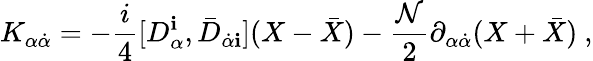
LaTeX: K_{\alpha{\dot{\alpha}}}=-\frac{i}{4}[D_{\alpha}^{\mathbf i},{\bar{D}}_{{\dot{\alpha}}{\mathbf i}}](X-{\bar{X}})-\frac{{\mathcal N}}{2}\partial_{\alpha{\dot{\alpha}}}(X+{\bar{X}})\ ,